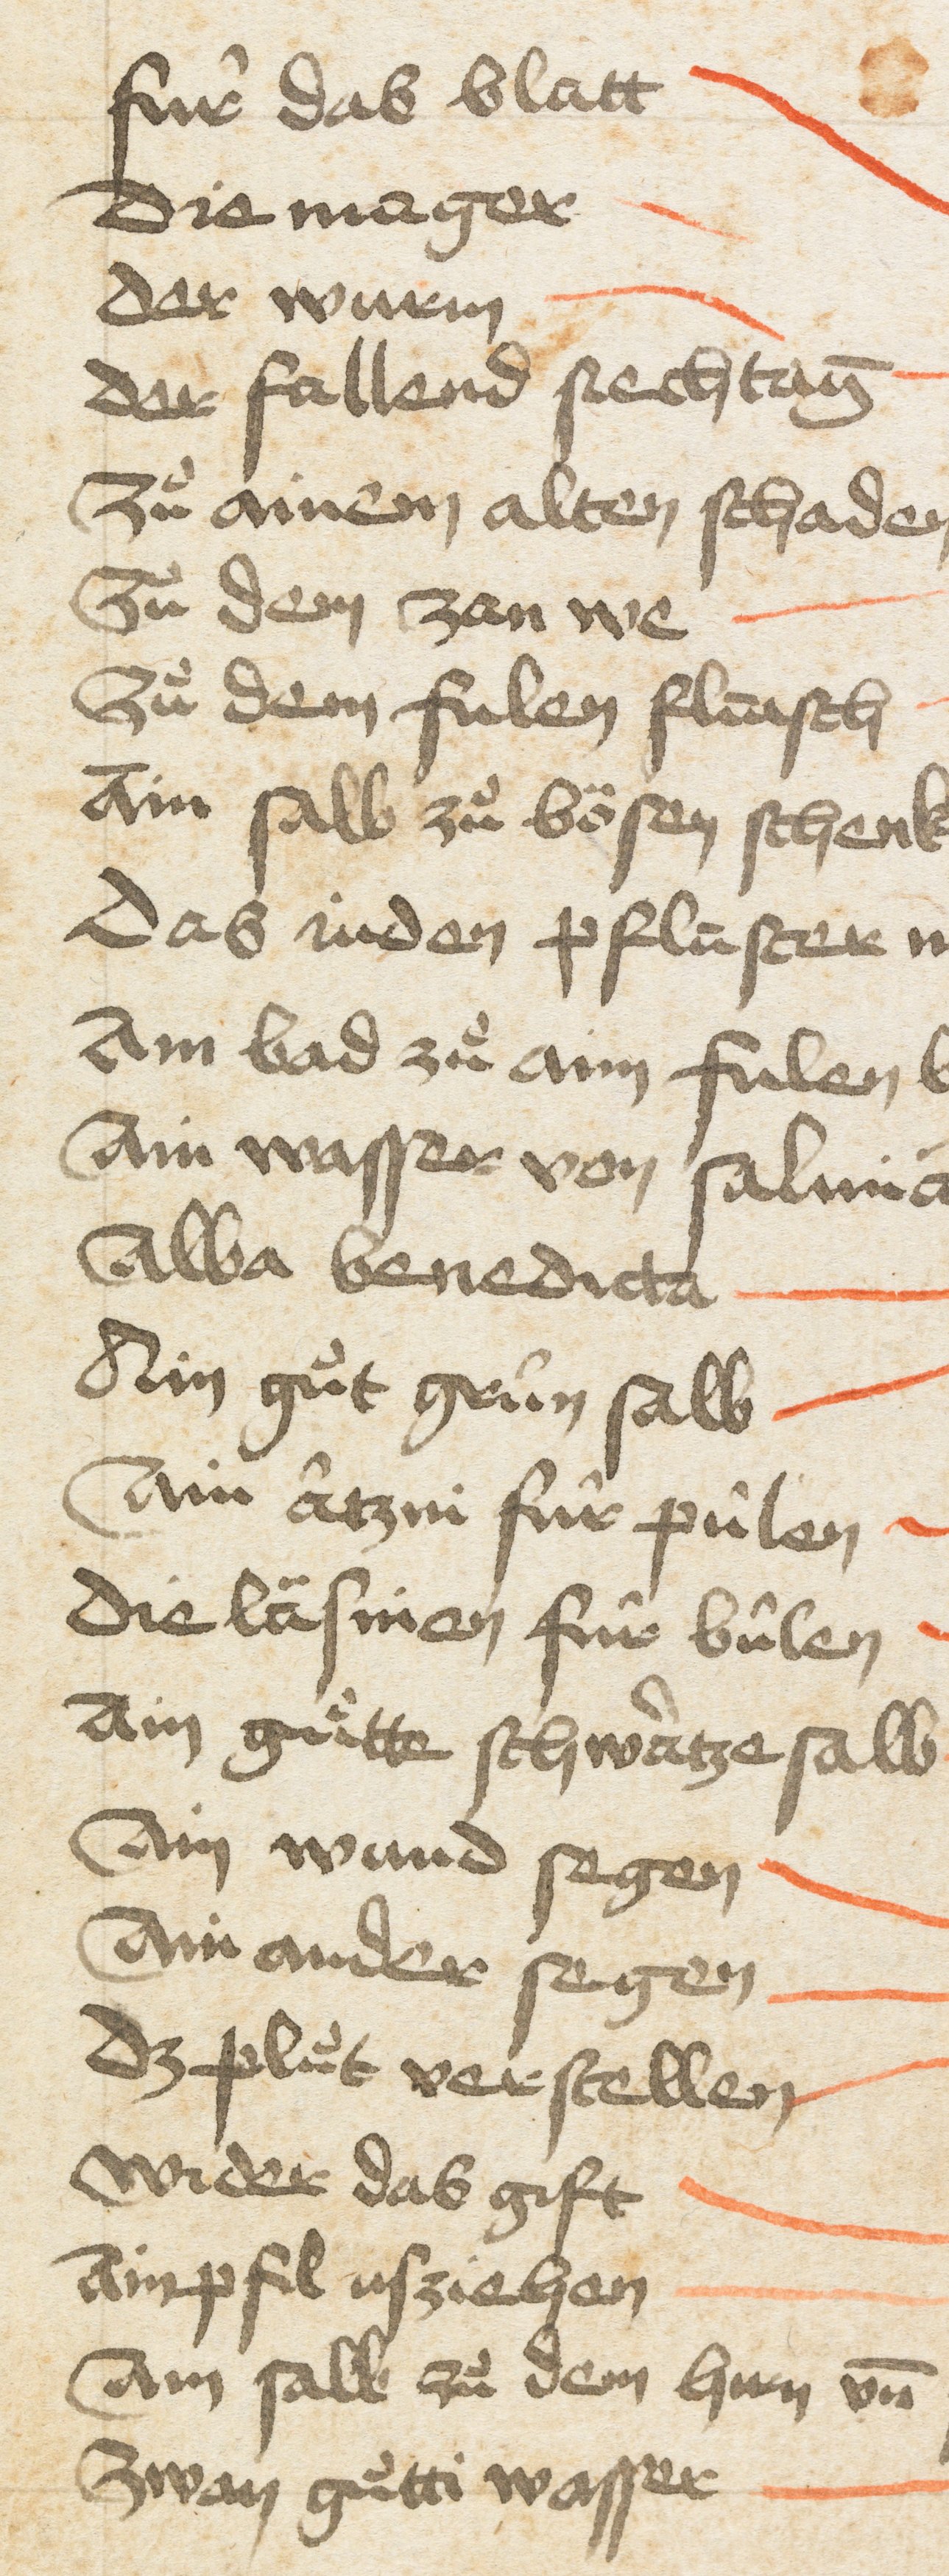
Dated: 1400–1499